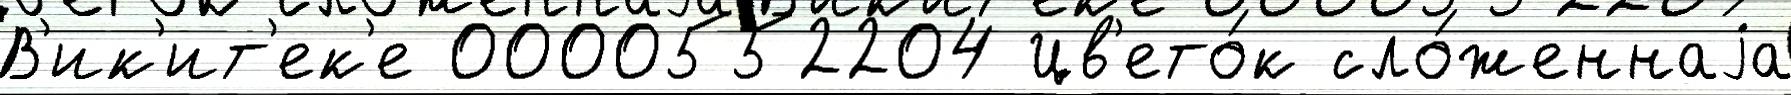
В'ик'ит'ек'е 0000552204 Цв'ето́к сло́женнаjа